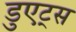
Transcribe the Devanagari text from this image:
डुएट्स